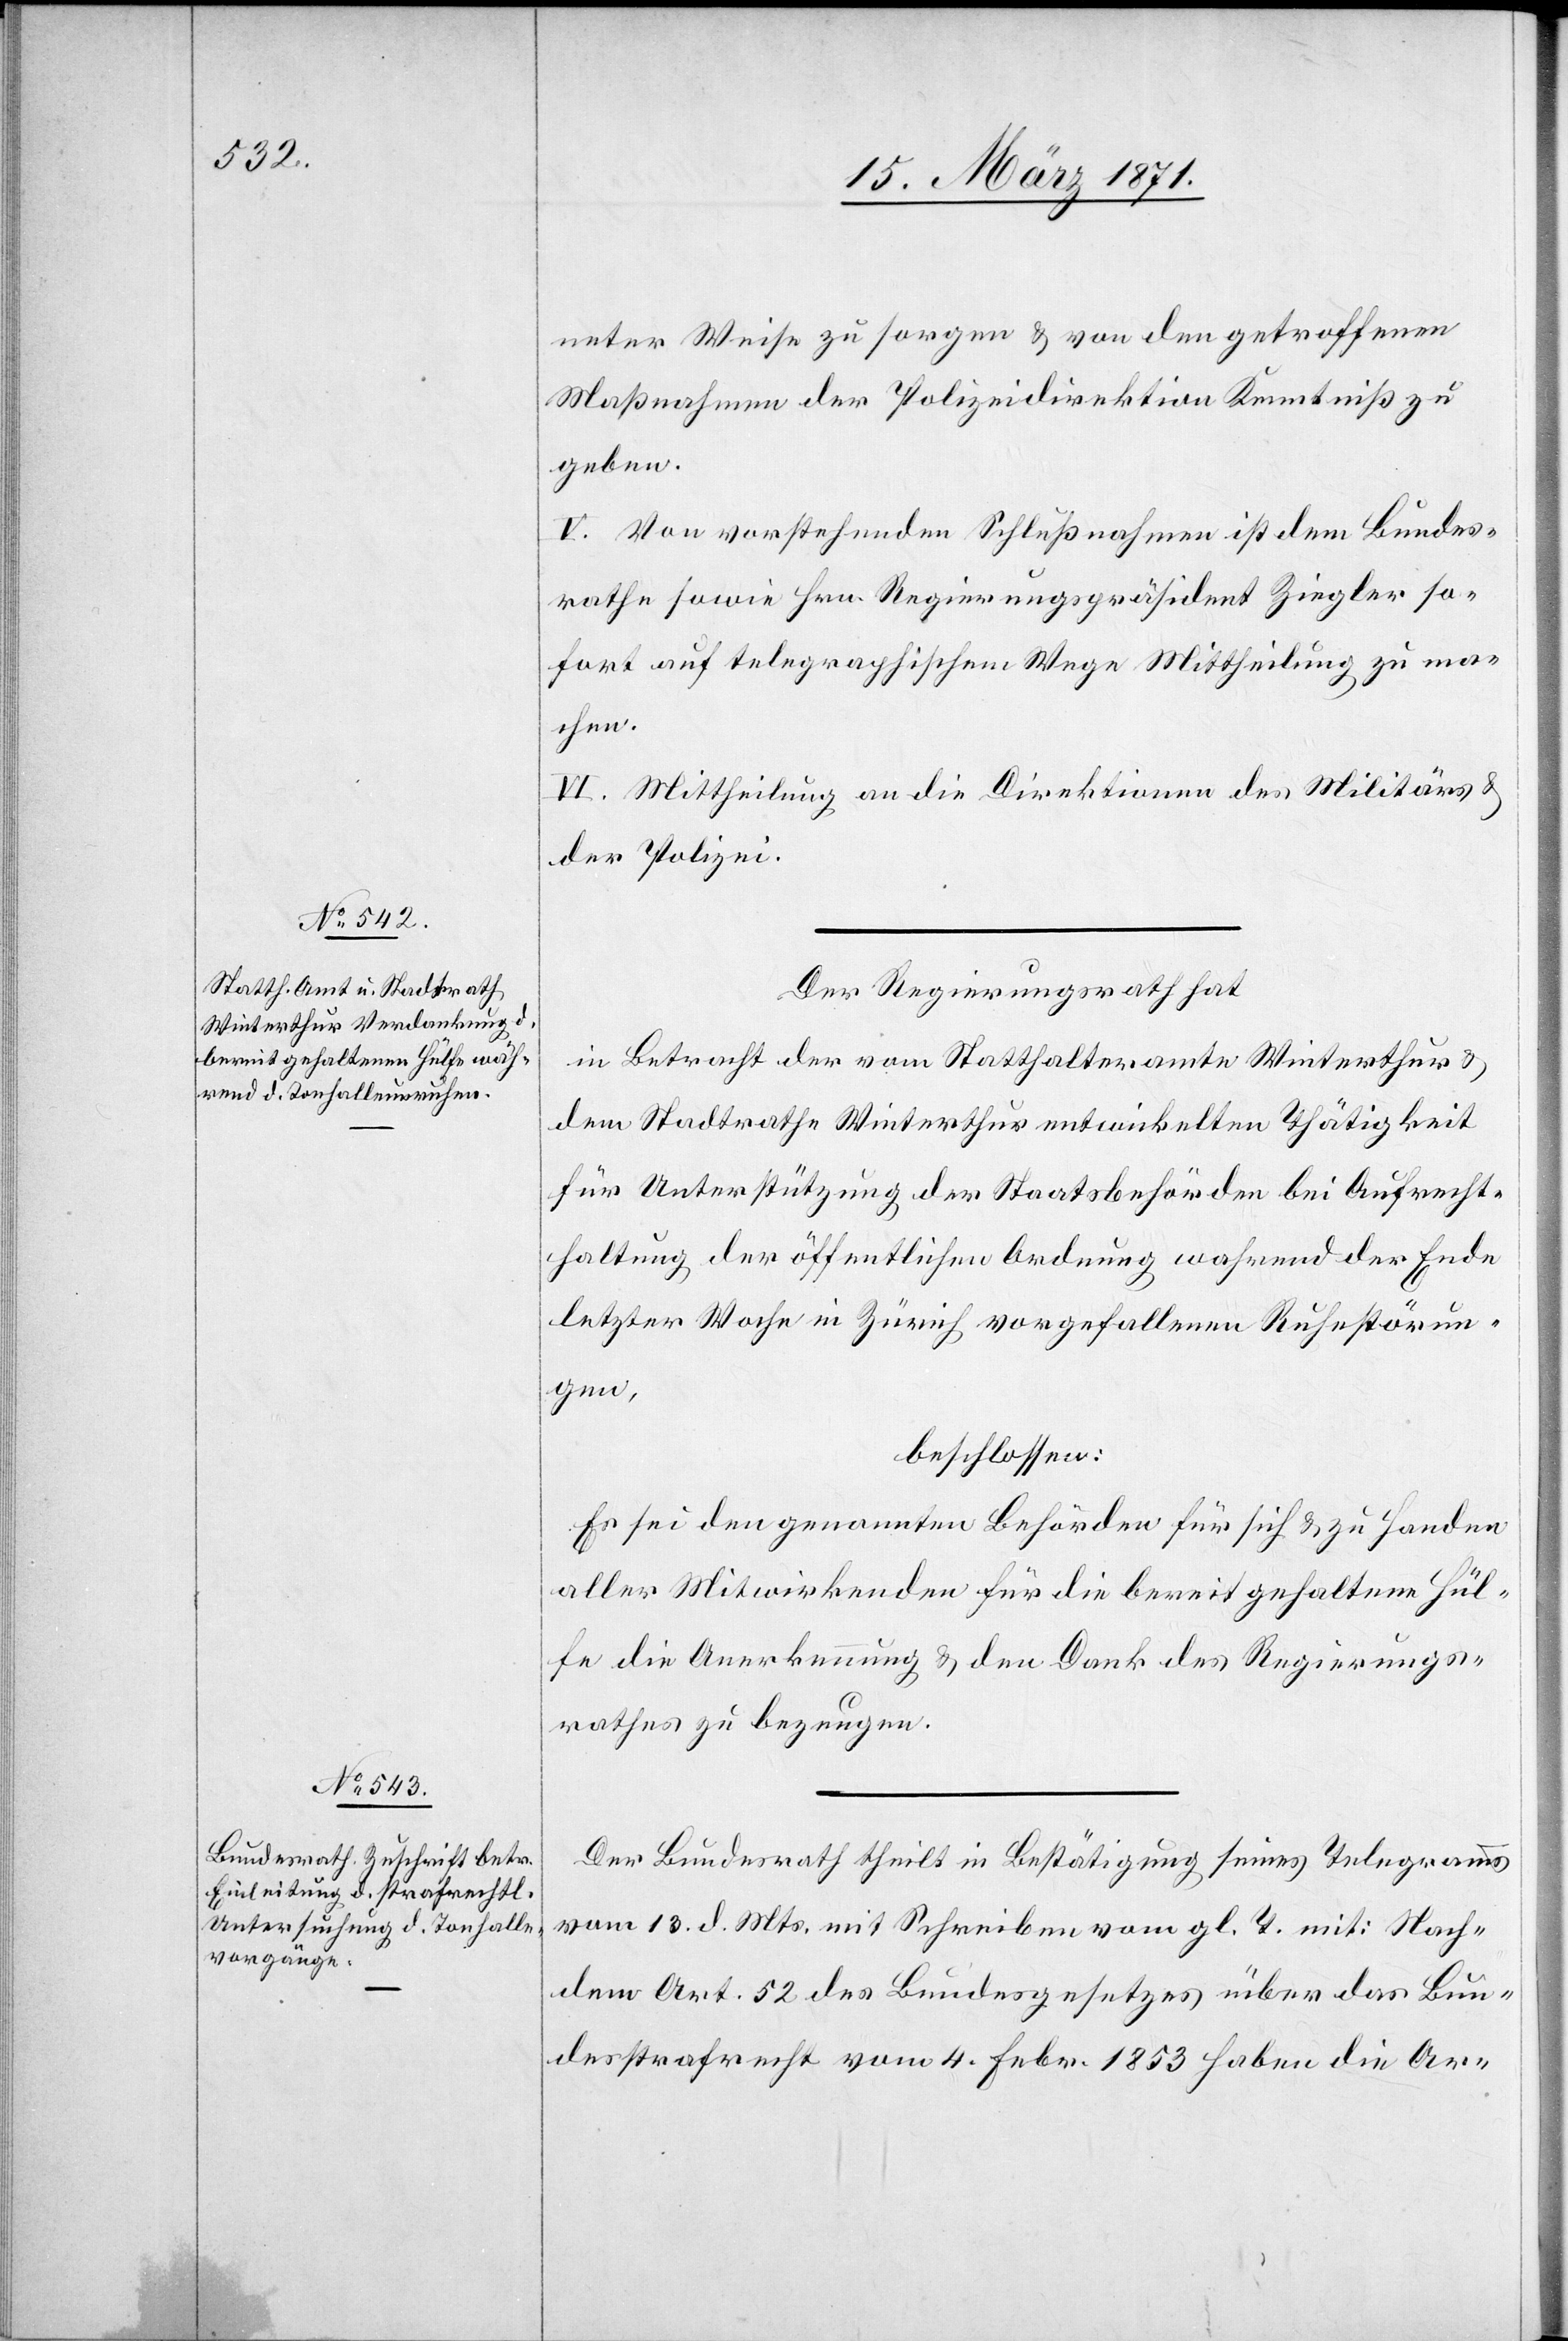
neter Weise zu sorgen u. von den getroffenen
Maßnahmen der Polizeidirektion Kenntniß zu
geben.
V. Von vorstehenden Schlußnahmen ist dem Bundes¬
rathe sowie Hrn. Regierungspräsident Ziegler so¬
fort auf telegraphischem Wege Mittheilung zu ma¬
chen.
VI. Mittheilung an die Direktion des Militärs u.
der Polizei.
Der Regierungsrath hat
in Betracht der vom Statthalteramte Winterthur u.
dem Stadtrathe Winterthur entwickelten Thätigkeit
für Unterstützung der Staatsbehörden bei Aufrecht¬
haltung der öffentlichen Ordnung während der Ende
letzter Woche in Zürich vorgefallenen Ruhestörun¬
gen,
beschlossen:
Es sei den genannten Behörden für sich u. zu Handen
aller Mitwirkenden für die bereitgehaltene Hül¬
fe die Anerkennung u. den Dank des Regierungs¬
rathes zu bezeugen.
Der Bundesrath theilt in Bestätigung seines Telegramms
vom 13. d. Mts. mit Schreiben vom gl. T. mit: Nach¬
dem Art. 52 des Bundesgesetzes über das Bun¬
desstrafrecht vom 4. Febr. 1853 haben die Ar-